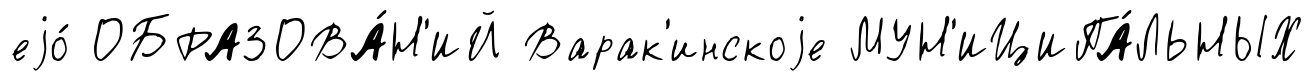
еjо́ ОБРАЗОВА́Н'ИЙ Варак'инскоjе МУН'ИЦИПА́ЛЬНЫХ